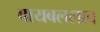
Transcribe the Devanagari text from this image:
बायबललाच